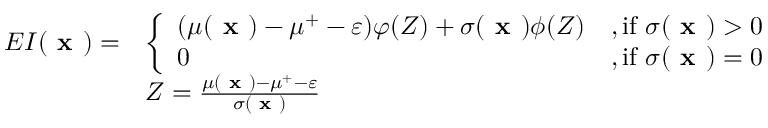
\begin{array} { r l } { E I ( \textbf { x } ) = } & { \left\{ \begin{array} { l l } { ( \mu ( \textbf { x } ) - \mu ^ { + } - \varepsilon ) \varphi ( Z ) + \sigma ( \textbf { x } ) \phi ( Z ) } & { \mathrm { , i f ~ } \sigma ( \textbf { x } ) > 0 } \\ { 0 } & { \mathrm { , i f ~ } \sigma ( \textbf { x } ) = 0 } \end{array} \right. } \\ & { Z = \frac { \mu ( \textbf { x } ) - \mu ^ { + } - \varepsilon } { \sigma ( \textbf { x } ) } } \end{array}